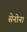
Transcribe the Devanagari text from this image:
सेनोना